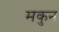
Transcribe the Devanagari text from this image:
मकुन